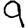
Digit: 9